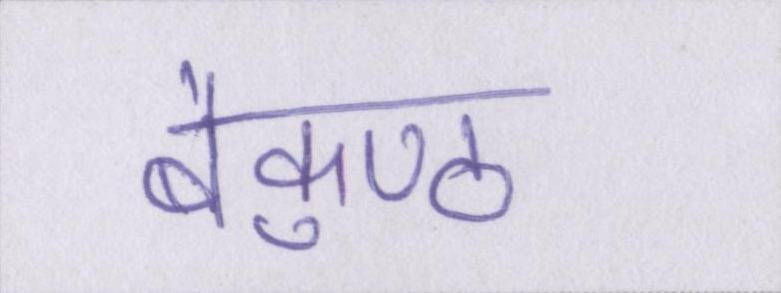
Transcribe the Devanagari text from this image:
बैकुण्ठ